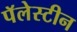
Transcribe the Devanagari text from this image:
पॅलेस्टीन